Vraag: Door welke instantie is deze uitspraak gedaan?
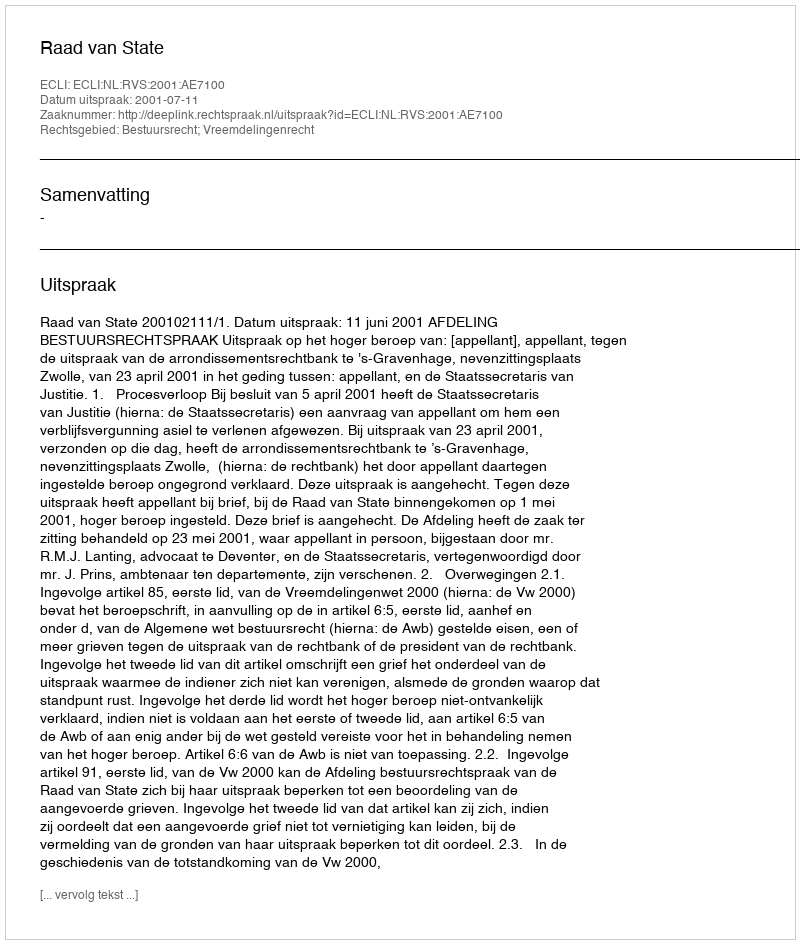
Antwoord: Raad van State